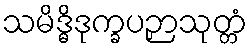
သမိဒ္ဓိဒုက္ခပဉှာသုတ္တံ